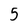
Character: 5